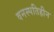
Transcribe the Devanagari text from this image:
वनस्‍पतिहीन